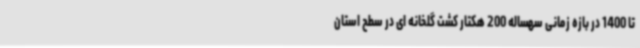
تا 1400 در بازه زمانی سهساله 200 هکتار کشت گلخانه ای در سطح استان